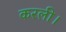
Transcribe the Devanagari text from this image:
करली।